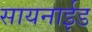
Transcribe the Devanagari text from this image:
सायनाईड